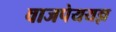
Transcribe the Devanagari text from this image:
वाजपेययज्ञ